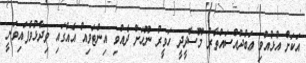
އަކަށް އުޅުއްވި ޢަބުދުއްސައްތާރު މޫސާދީދީ ހަވީރު ނޫހަށް ދެއްވި އިންޓަވިއު އެއްގައި ވިދާޅުވެފައިވަނީ